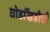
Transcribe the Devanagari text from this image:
घोडखिंडीची